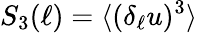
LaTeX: S_{3}(\ell)=\langle(\delta_{\ell}u)^{3}\rangle